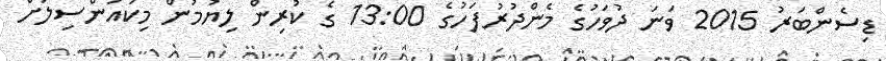
ޑިސެންބަރު 2015 ވަނަ ދުވަހުގެ މެންދުރުފަހުގެ 13:00 ގެ ކުރިން ލިޔުމުން މިކައުންސިލަށް